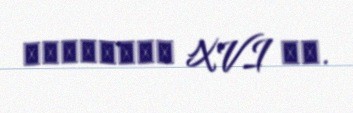
половина XVI вв.